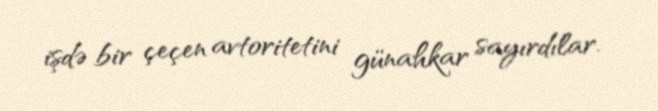
işdə bir çeçen avtoritetini günahkar sayırdılar.